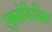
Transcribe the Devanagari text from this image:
एकुसेकिजिमा